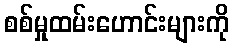
စစ်မှုထမ်းဟောင်းများကို